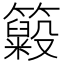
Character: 𥶵